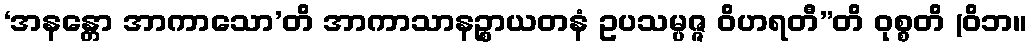
‘အနန္တော အာကာသော’တိ အာကာသာနဉ္စာယတနံ ဥပသမ္ပဇ္ဇ ဝိဟရတီ”တိ ဝုစ္စတိ (ဝိဘ။